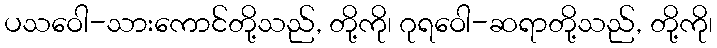
ပသဝေါ-သားကောင်တို့သည်, တို့ကို၊ ဂုရဝေါ-ဆရာတို့သည်, တို့ကို၊